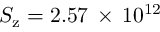
S _ { \mathrm { z } } = 2 . 5 7 \, \times \, 1 0 ^ { 1 2 }